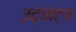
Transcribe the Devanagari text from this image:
उद्घाट्य